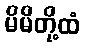
မိမိတို့ထံ